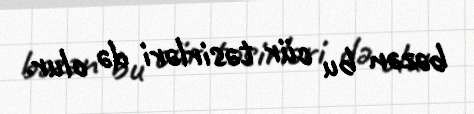
bəzən bu cür təsirləri də olur.